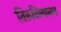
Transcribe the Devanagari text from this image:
तिरुविल्वलम